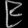
Digit: ၉